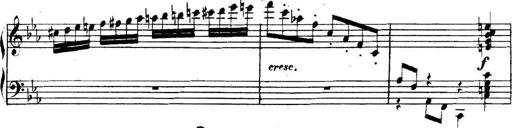
Title: Collected Piano Sonatas
Composer: Muzio Clementi